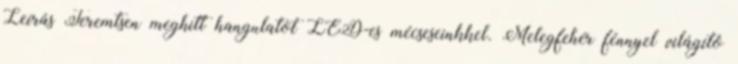
Leírás Teremtsen meghitt hangulatot LED-es mécseseinkkel. Melegfehér fénnyel világító